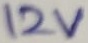
Text: 12V